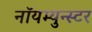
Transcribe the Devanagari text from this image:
नॉयम्युन्स्टर